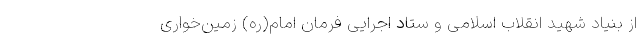
از بنیاد شهید انقلاب اسلامی و ستاد اجرایی فرمان امام(ره) زمین‌خواری